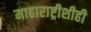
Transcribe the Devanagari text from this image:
माहाराष्ट्रीशीही